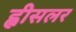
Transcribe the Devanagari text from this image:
ह्वीसलर